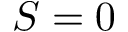
S = 0